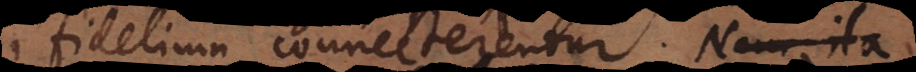
fidelium connecterentur. Nam ita